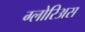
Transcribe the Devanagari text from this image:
ग्लोरिअस